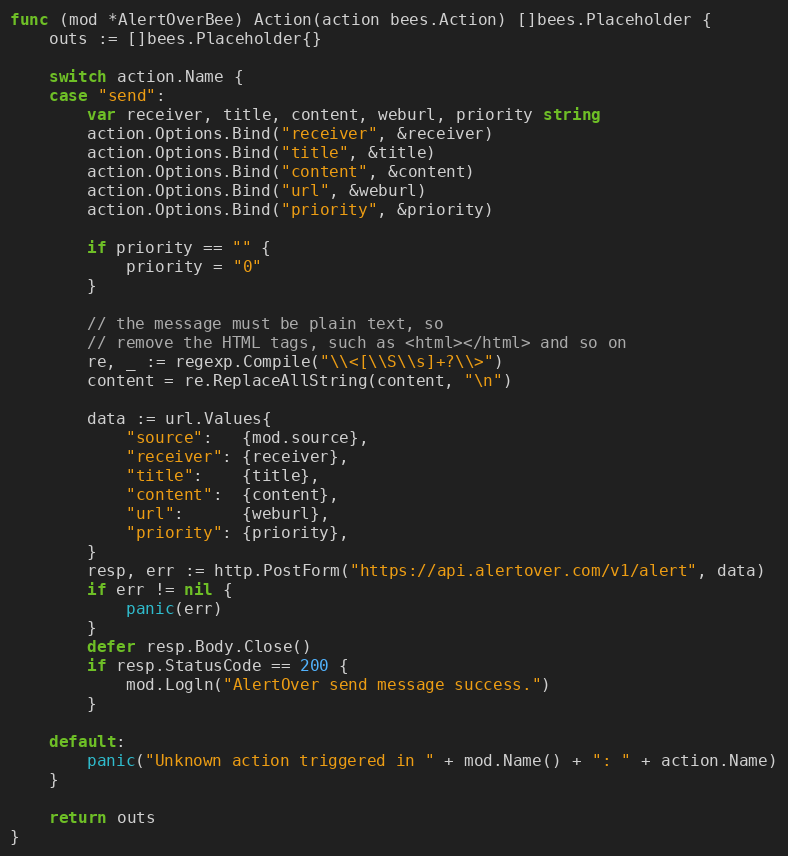
Language: Go
func (mod *AlertOverBee) Action(action bees.Action) []bees.Placeholder {
	outs := []bees.Placeholder{}

	switch action.Name {
	case "send":
		var receiver, title, content, weburl, priority string
		action.Options.Bind("receiver", &receiver)
		action.Options.Bind("title", &title)
		action.Options.Bind("content", &content)
		action.Options.Bind("url", &weburl)
		action.Options.Bind("priority", &priority)

		if priority == "" {
			priority = "0"
		}

		// the message must be plain text, so
		// remove the HTML tags, such as <html></html> and so on
		re, _ := regexp.Compile("\\<[\\S\\s]+?\\>")
		content = re.ReplaceAllString(content, "\n")

		data := url.Values{
			"source":   {mod.source},
			"receiver": {receiver},
			"title":    {title},
			"content":  {content},
			"url":      {weburl},
			"priority": {priority},
		}
		resp, err := http.PostForm("https://api.alertover.com/v1/alert", data)
		if err != nil {
			panic(err)
		}
		defer resp.Body.Close()
		if resp.StatusCode == 200 {
			mod.Logln("AlertOver send message success.")
		}

	default:
		panic("Unknown action triggered in " + mod.Name() + ": " + action.Name)
	}

	return outs
}